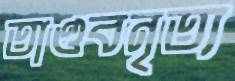
তাণ্ডবনৃত্য